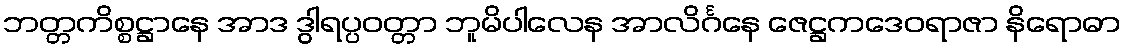
ဘတ္တကိစ္စဋ္ဌာနေ အာဒ ဒွါရပ္ပဝတ္တာ ဘူမိပါလေန အာလိင်္ဂနေ ဇေဋ္ဌကဒေဝရာဇာ နိရောဓာ